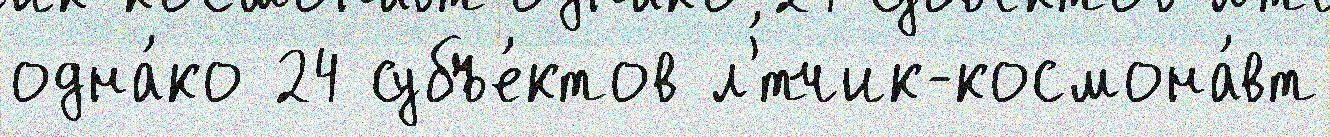
одна́ко 24 субъе́ктов л'́тчик-космона́вт